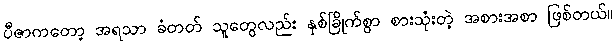
ပီဇာကတော့ အရသာ ခံတတ် သူတွေလည်း နှစ်ခြိုက်စွာ စားသုံးတဲ့ အစားအစာ ဖြစ်တယ်။